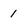
Character: 1